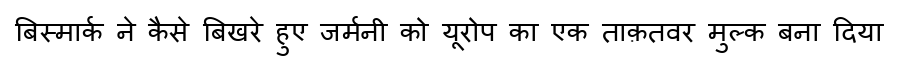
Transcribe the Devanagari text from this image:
बिस्मार्क ने कैसे बिखरे हुए जर्मनी को यूरोप का एक ताक़तवर मुल्क बना दिया